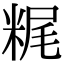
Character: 䊊